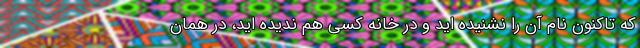
که تاکنون نام آن را نشنیده اید و در خانه کسی هم ندیده اید، در همان